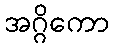
အဂ္ဂိကော